Vaccination in the Punjab 1905-1918 - 1905-1918
Year: 1905
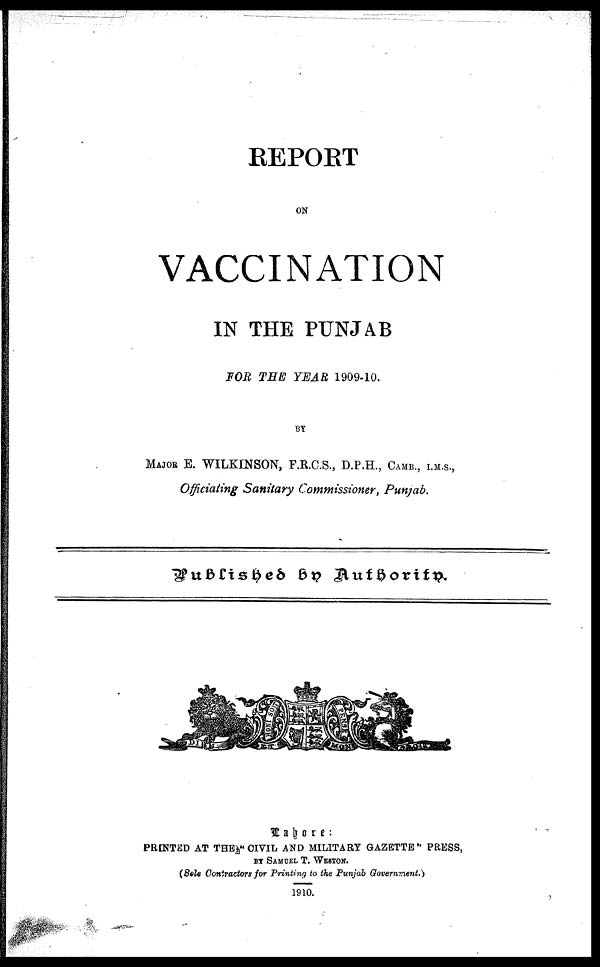
REPORT
ON
VACCINATION
IN THE PUNJAB
FOR THE YEAR 1909-10.
BY
MAJOR E. WILKINSON, F.R.C.S., D.P.H., CAMB. , I.M.S.,
Officiating Sanitary Commissioner, Punjab.
Published by Authority.
Lahore:
PRINTED AT THE "CIVIL AND MILITARY GAZETTE" PRESS,
BY SAMUEL T. WESTON.
(Sole Contractors for Printing to the Punjab Government.)
1910.